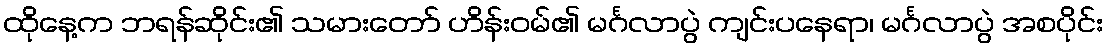
ထိုနေ့က ဘရန်ဆိုင်း၏ သမားတော် ဟိန်းဝမ်၏ မင်္ဂလာပွဲ ကျင်းပနေရာ၊ မင်္ဂလာပွဲ အစပိုင်း